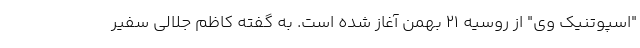
"اسپوتنیک وی" از روسیه ۲۱ بهمن آغاز شده است. به گفته کاظم جلالی سفیر